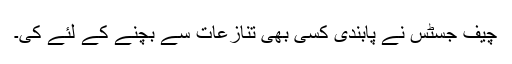
چیف جسٹس نے پابندی کسی بھی تنازعات سے بچنے کے لئے کی۔